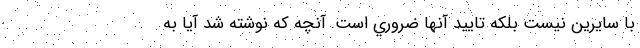
با سايرين نيست بلكه تاييد آنها ضروري است. آنچه كه نوشته شد آيا به